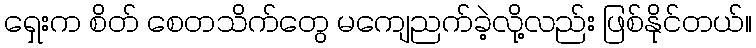
ရှေးက စိတ် စေတသိက်တွေ မကျေညက်ခဲ့လို့လည်း ဖြစ်နိုင်တယ်။